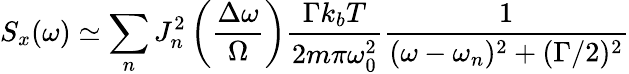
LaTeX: S_{x}(\omega)\simeq\sum_{n}J_{n}^{2}\left(\frac{\Delta\omega}{\Omega}\right)\frac{\Gamma k_{b}T}{2m\pi\omega_{0}^{2}}\frac{1}{(\omega-\omega_{n})^{2}+(\Gamma/2)^{2}}